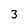
Character: 3